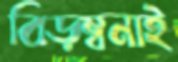
বিড়ম্বনাই